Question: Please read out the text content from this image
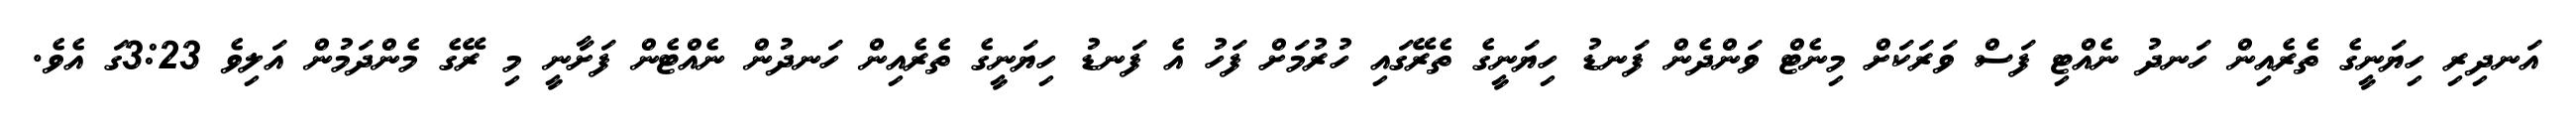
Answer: އަނދިރި ހިޔަނީގެ ތެރެއިން ހަނދު ނެއްޓި ފަސް ވަރަކަށް މިނެޓް ވަންދެން ފަނޑު ހިޔަނީގެ ތެރޭގައި ހުރުމަށް ފަހު އެ ފަނޑު ހިޔަނީގެ ތެރެއިން ހަނދުން ނެއްޓެން ފަށާނީ މި ރޭގެ މެންދަމުން އަލިވެ 3:23ގަ އެވެ.